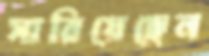
সারিয়েছেন